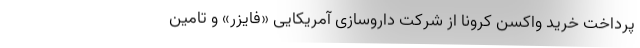
پرداخت خرید واکسن کرونا از شرکت داروسازی آمریکایی «فایزر» و تامین